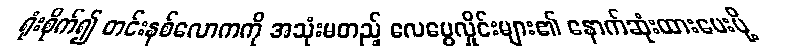
ရုံးစိုက်၍ တင်းနစ်လောကကို အသုံးမတည့် လေပွေလှိုင်းများ၏ နောက်ဆုံးထားပေးပို့